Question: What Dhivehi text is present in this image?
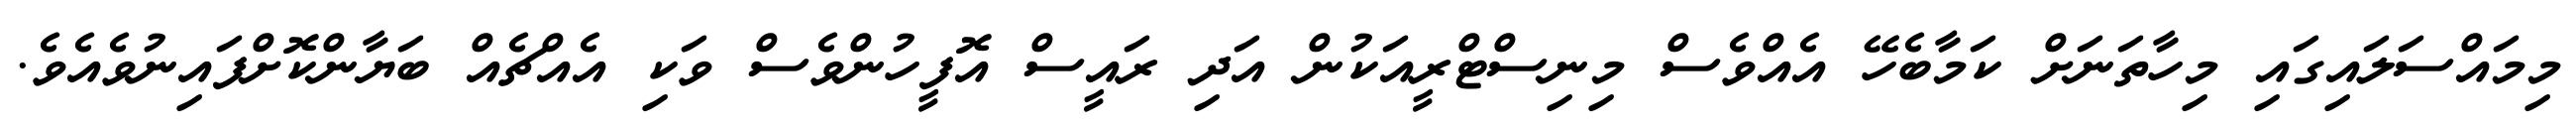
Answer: މިމައްސަލައިގައި މިހާތަނަށް ކަމާބެހޭ އެއްވެސް މިނިސްޓްރީއަކުން އަދި ރައީސް އޮފީހުންވެސް ވަކި އެއްޗެއް ބަޔާންކޮށްފައިނުވެއެވެ.